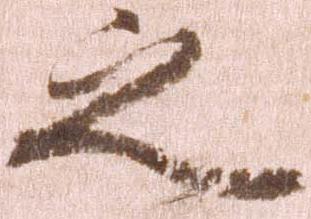
之